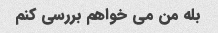
بله من می خواهم بررسی کنم